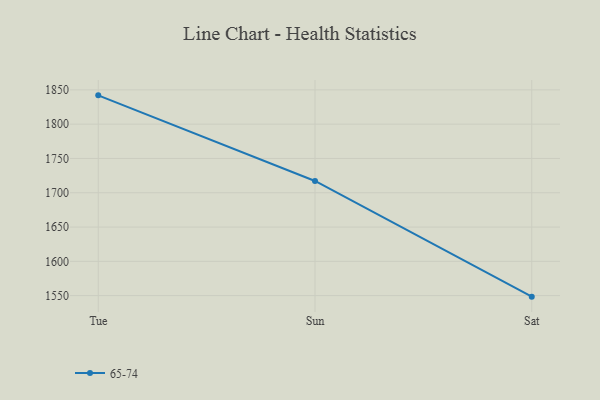
{"axis": {"x": "Day", "y": "Revenue (USD Million)"}, "legend": ["65-74"], "data": [{"x": "Tue", "y": 1842.0, "type": "65-74"}, {"x": "Sun", "y": 1717.2, "type": "65-74"}, {"x": "Sat", "y": 1548.5, "type": "65-74"}]}